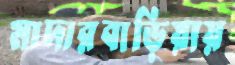
মাদারবাড়িয়ায়